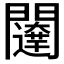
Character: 𮤨